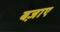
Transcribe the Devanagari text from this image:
बज़ाए